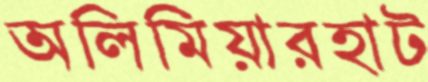
অলিমিয়ারহাট